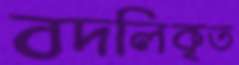
বদলিকৃত